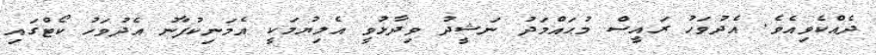
ދެއްކެވިއެވެ. އެދުވަހު ރައީސް މުޙައްމަދު ނަޝީދު ވިދާޅުވީ އެލިޔުމަކީ އެމަނިކުފާނު އެދުވަހު ކޯޓްގައި